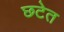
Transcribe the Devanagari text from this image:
छटेत